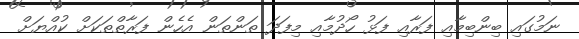
ނަމުގައި ބިންބިމާއި ފަރާއި ފަޅު ހޯދުމާއި މިފަދަ ތަންތަން އެހެން ފަރާތްތަކަށް ކުއްޔަށް